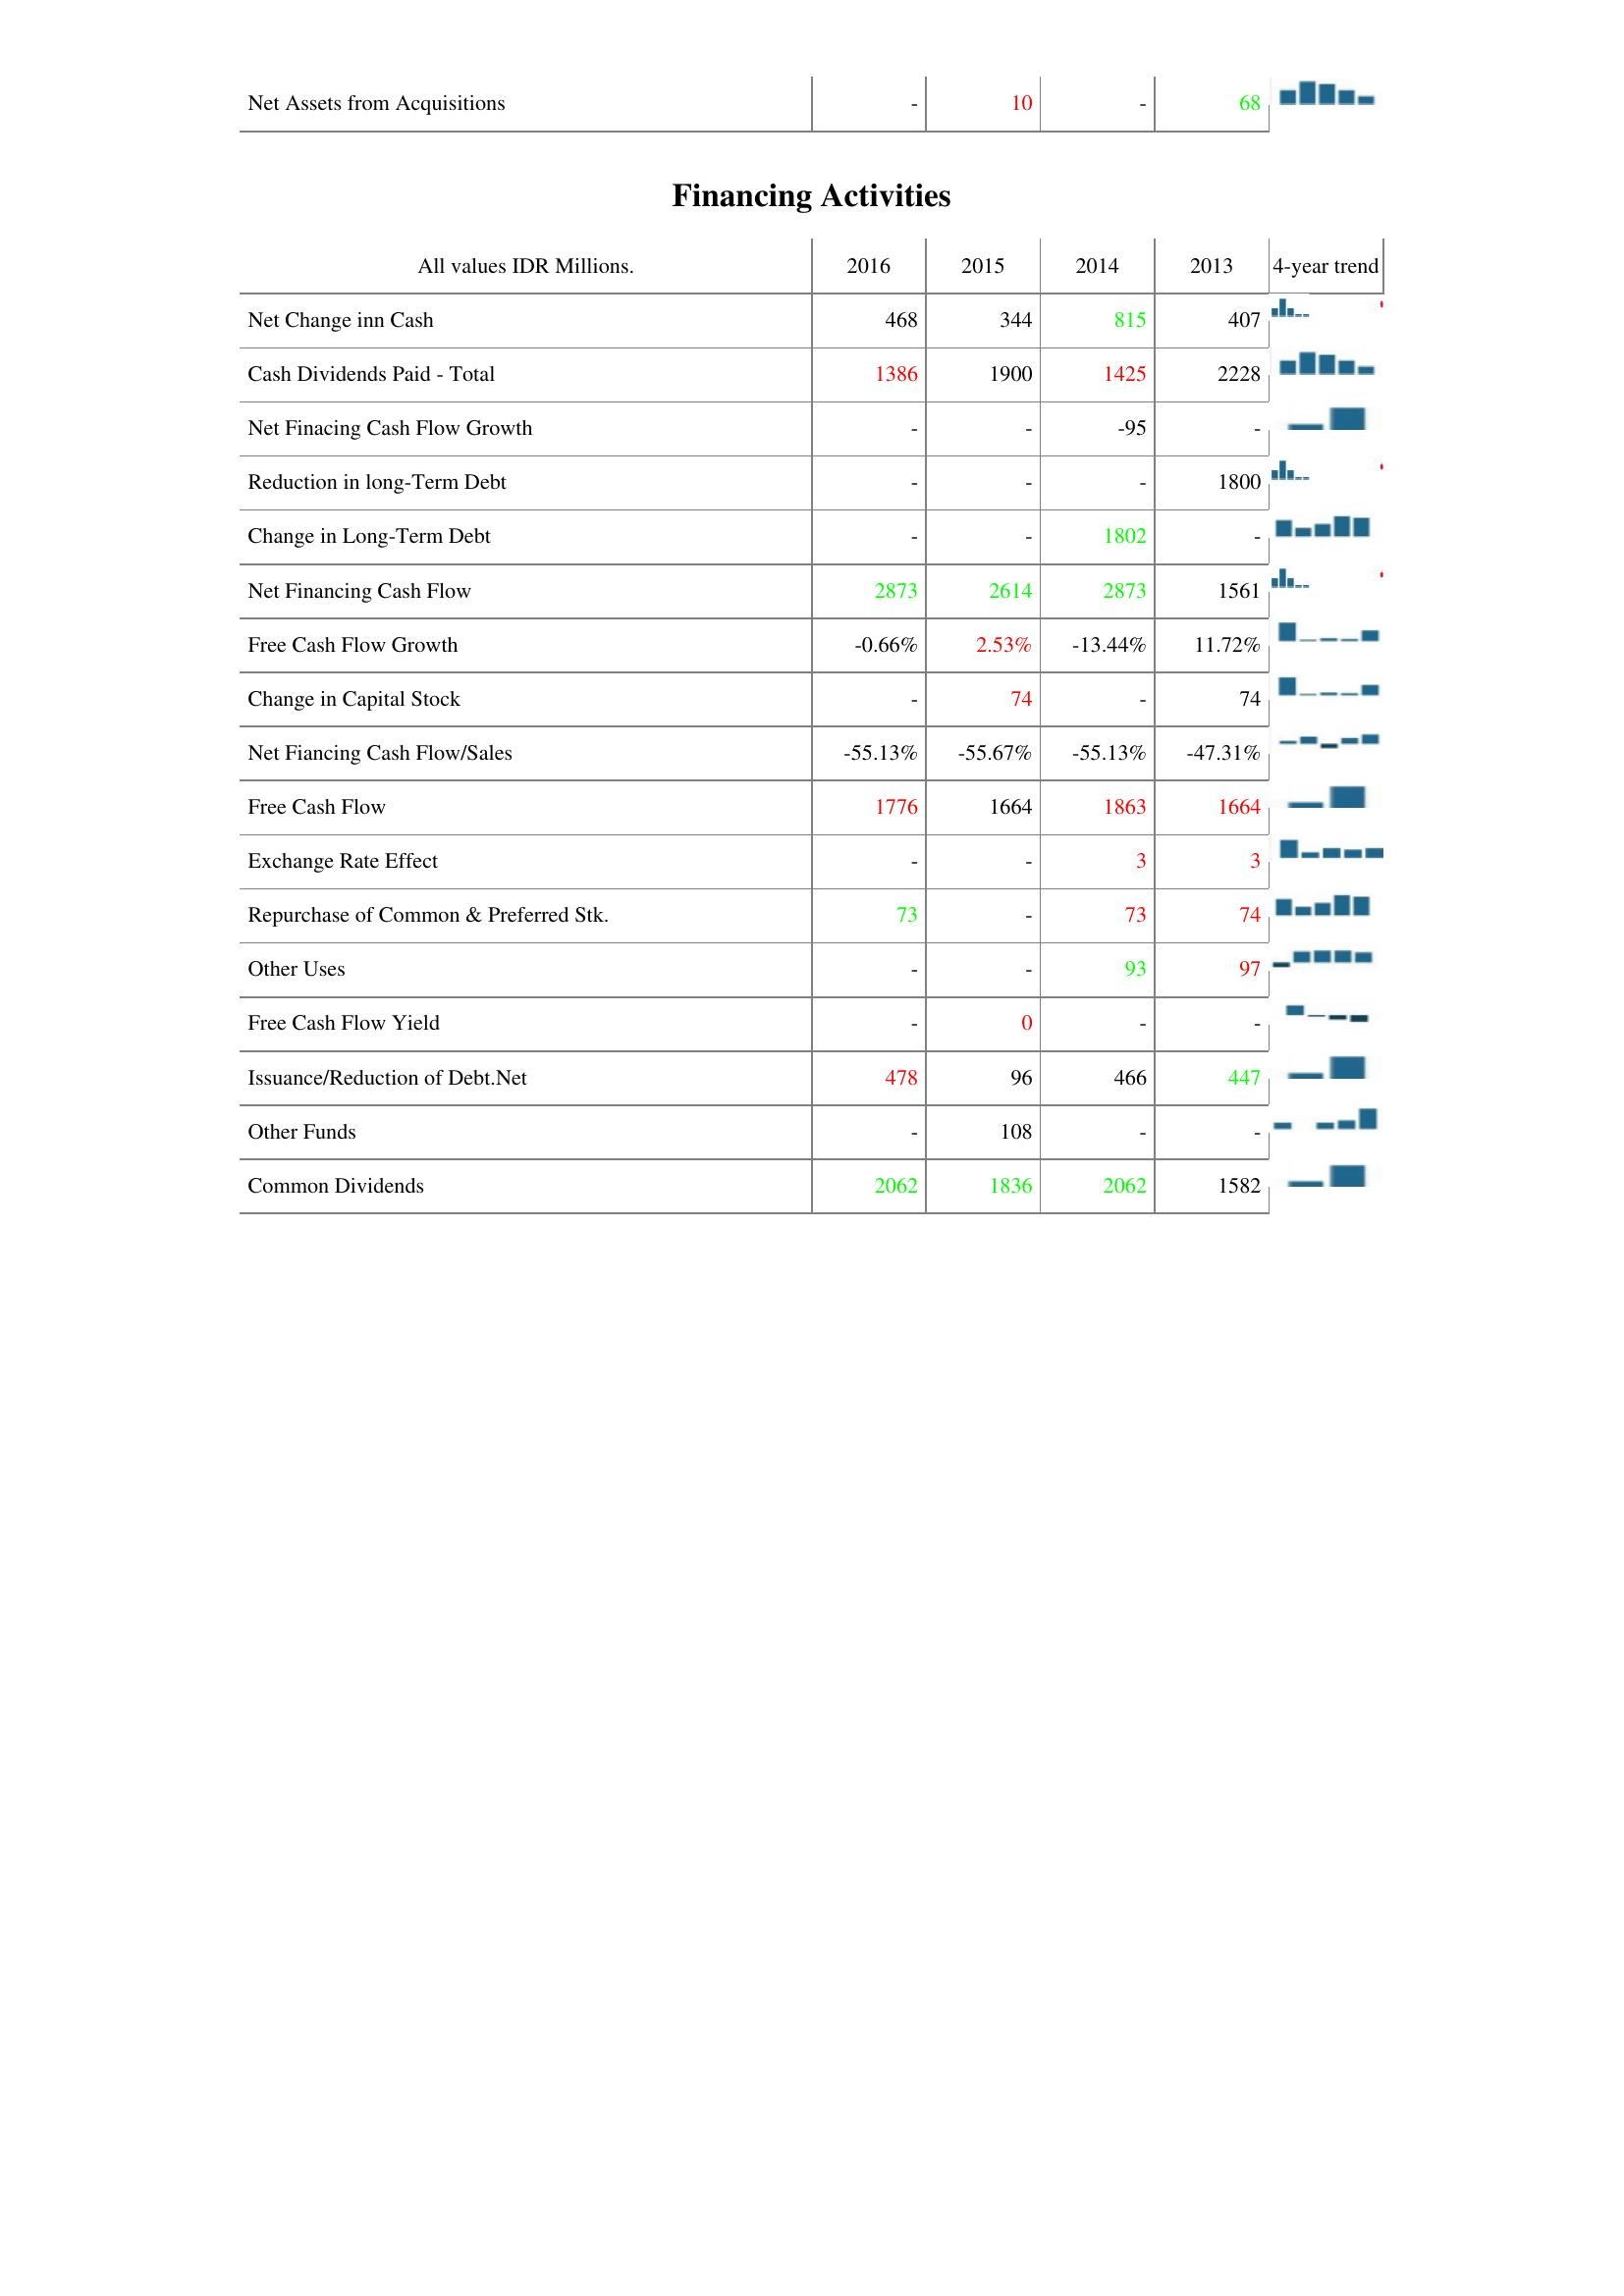
2016: Investing Activities: Net Assets from Acquisitions: -
Financing Activities: Net Change inn Cash: 468
Cash Dividends Paid - Total: 1386
Net Finacing Cash Flow Growth: -
Reduction in long-Term Debt: -
Change in Long-Term Debt: -
Net Financing Cash Flow: 2873
Free Cash Flow Growth: -0.66%
Change in Capital Stock: -
Net Fiancing Cash Flow/Sales: -55.13%
Free Cash Flow: 1776
Exchange Rate Effect: -
Repurchase of Common & Preferred Stk.: 73
Other Uses: -
Free Cash Flow Yield: -
Issuance/Reduction of Debt.Net: 478
Other Funds: -
Common Dividends: 2062
2015: Investing Activities: Net Assets from Acquisitions: 10
Financing Activities: Net Change inn Cash: 344
Cash Dividends Paid - Total: 1900
Net Finacing Cash Flow Growth: -
Reduction in long-Term Debt: -
Change in Long-Term Debt: -
Net Financing Cash Flow: 2614
Free Cash Flow Growth: 2.53%
Change in Capital Stock: 74
Net Fiancing Cash Flow/Sales: -55.67%
Free Cash Flow: 1664
Exchange Rate Effect: -
Repurchase of Common & Preferred Stk.: -
Other Uses: -
Free Cash Flow Yield: 0
Issuance/Reduction of Debt.Net: 96
Other Funds: 108
Common Dividends: 1836
2014: Investing Activities: Net Assets from Acquisitions: -
Financing Activities: Net Change inn Cash: 815
Cash Dividends Paid - Total: 1425
Net Finacing Cash Flow Growth: -95
Reduction in long-Term Debt: -
Change in Long-Term Debt: 1802
Net Financing Cash Flow: 2873
Free Cash Flow Growth: -13.44%
Change in Capital Stock: -
Net Fiancing Cash Flow/Sales: -55.13%
Free Cash Flow: 1863
Exchange Rate Effect: 3
Repurchase of Common & Preferred Stk.: 73
Other Uses: 93
Free Cash Flow Yield: -
Issuance/Reduction of Debt.Net: 466
Other Funds: -
Common Dividends: 2062
2013: Investing Activities: Net Assets from Acquisitions: 68
Financing Activities: Net Change inn Cash: 407
Cash Dividends Paid - Total: 2228
Net Finacing Cash Flow Growth: -
Reduction in long-Term Debt: 1800
Change in Long-Term Debt: -
Net Financing Cash Flow: 1561
Free Cash Flow Growth: 11.72%
Change in Capital Stock: 74
Net Fiancing Cash Flow/Sales: -47.31%
Free Cash Flow: 1664
Exchange Rate Effect: 3
Repurchase of Common & Preferred Stk.: 74
Other Uses: 97
Free Cash Flow Yield: -
Issuance/Reduction of Debt.Net: 447
Other Funds: -
Common Dividends: 1582